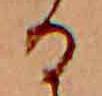
る